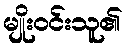
မျိုးဝင်းသူ၏